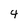
Character: 4